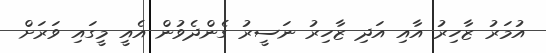
އުމަރު ޒާހިރު އާއި އަދި ޒާހިރު ނަސީރު ގެންދެވުން އެއީ މީގައި ވަރަށް